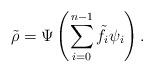
LaTeX: \begin{align*}\tilde \rho= \Psi\left(\sum_{i=0}^{n-1}\tilde f_i \psi_i\right).\end{align*}